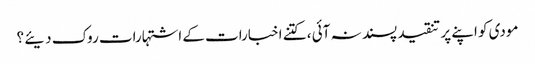
مودی کو اپنے پر تنقید پسند نہ آئی ، کتنے اخبارات کے اشتہارات روک دیئے ؟